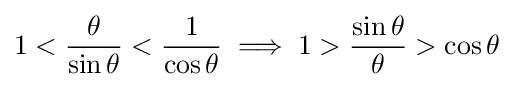
1<{\frac {\theta }{\sin \theta }}<{\frac {1}{\cos \theta }}\implies 1>{\frac {\sin \theta }{\theta }}>\cos \theta